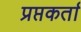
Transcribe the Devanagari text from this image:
प्रप्तकर्ता